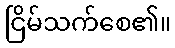
ငြိမ်သက်စေ၏။